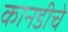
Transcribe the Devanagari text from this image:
कानडीचे